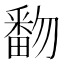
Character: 𰣓